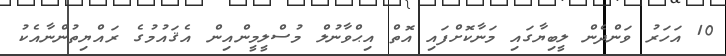
10 އަހަރު ވަންދެން ލީބިޔާގައި މަނާކޮށްފައި އޮތް އިޙްވާނުލް މުސްލީމީންއިން އެޤައުމުގެ ރައްޔިތުންނާއެކު